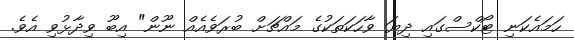
ހަމައެކަނި ޓޯކްސްގައި ދިޔަ ވާހަކަތަކުގެ މައްޗަށް ބުރަވެއެއް ނޫން" އިބޫ ވިދާޅުވި އެވެ.